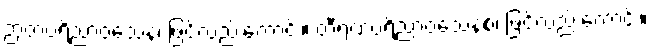
ဉာတပရိညာဝသေန၊ ဖြင့်လည်းကောင်း။ တီရဏပရိညာဝသေနစ၊ ဖြင့်လည်းကောင်း။